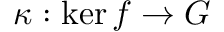
\kappa : \ker f \rightarrow G